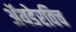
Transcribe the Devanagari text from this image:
ॲयडेरविच